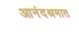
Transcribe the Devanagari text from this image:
आनंदश्रमात